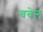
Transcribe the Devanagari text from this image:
बबेल